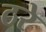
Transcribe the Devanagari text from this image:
ठरे